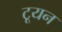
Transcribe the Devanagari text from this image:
टूयन